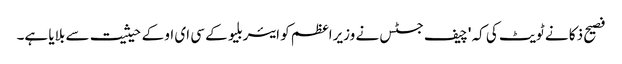
فصیح ذکا نے ٹویٹ کی کہ 'چیف جسٹس نے وزیراعظم کو ایئربلیو کے سی ای او کے حیثیت سے بلایا ہے۔